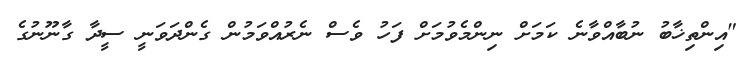
"އިންތިޚާބު ނުބާއްވާނެ ކަމަށް ނިންމެވުމަށް ފަހު ވެސް ނެރުއްވަމުން ގެންދަވަނީ ސީދާ ގާނޫނުގެ